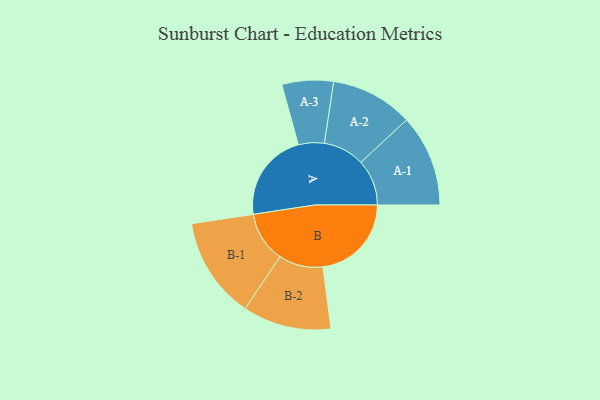
{"axis": {"x": "Segment", "y": "Value"}, "legend": ["", "A", "B"], "data": [{"x": "A", "y": 467, "type": ""}, {"x": "B", "y": 464, "type": ""}, {"x": "A-1", "y": 241, "type": "A"}, {"x": "A-2", "y": 216, "type": "A"}, {"x": "A-3", "y": 135, "type": "A"}, {"x": "B-1", "y": 266, "type": "B"}, {"x": "B-2", "y": 232, "type": "B"}]}